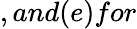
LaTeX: ,and(e)for